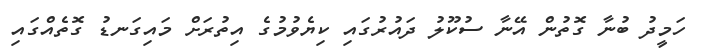
ހަމީދު ބުނާ ގޮތުން އޭނާ ސުކޫލު ދައުރުގައި ކިޔެވުމުގެ އިތުރަށް މައިގަނޑު ގޮތެއްގައި